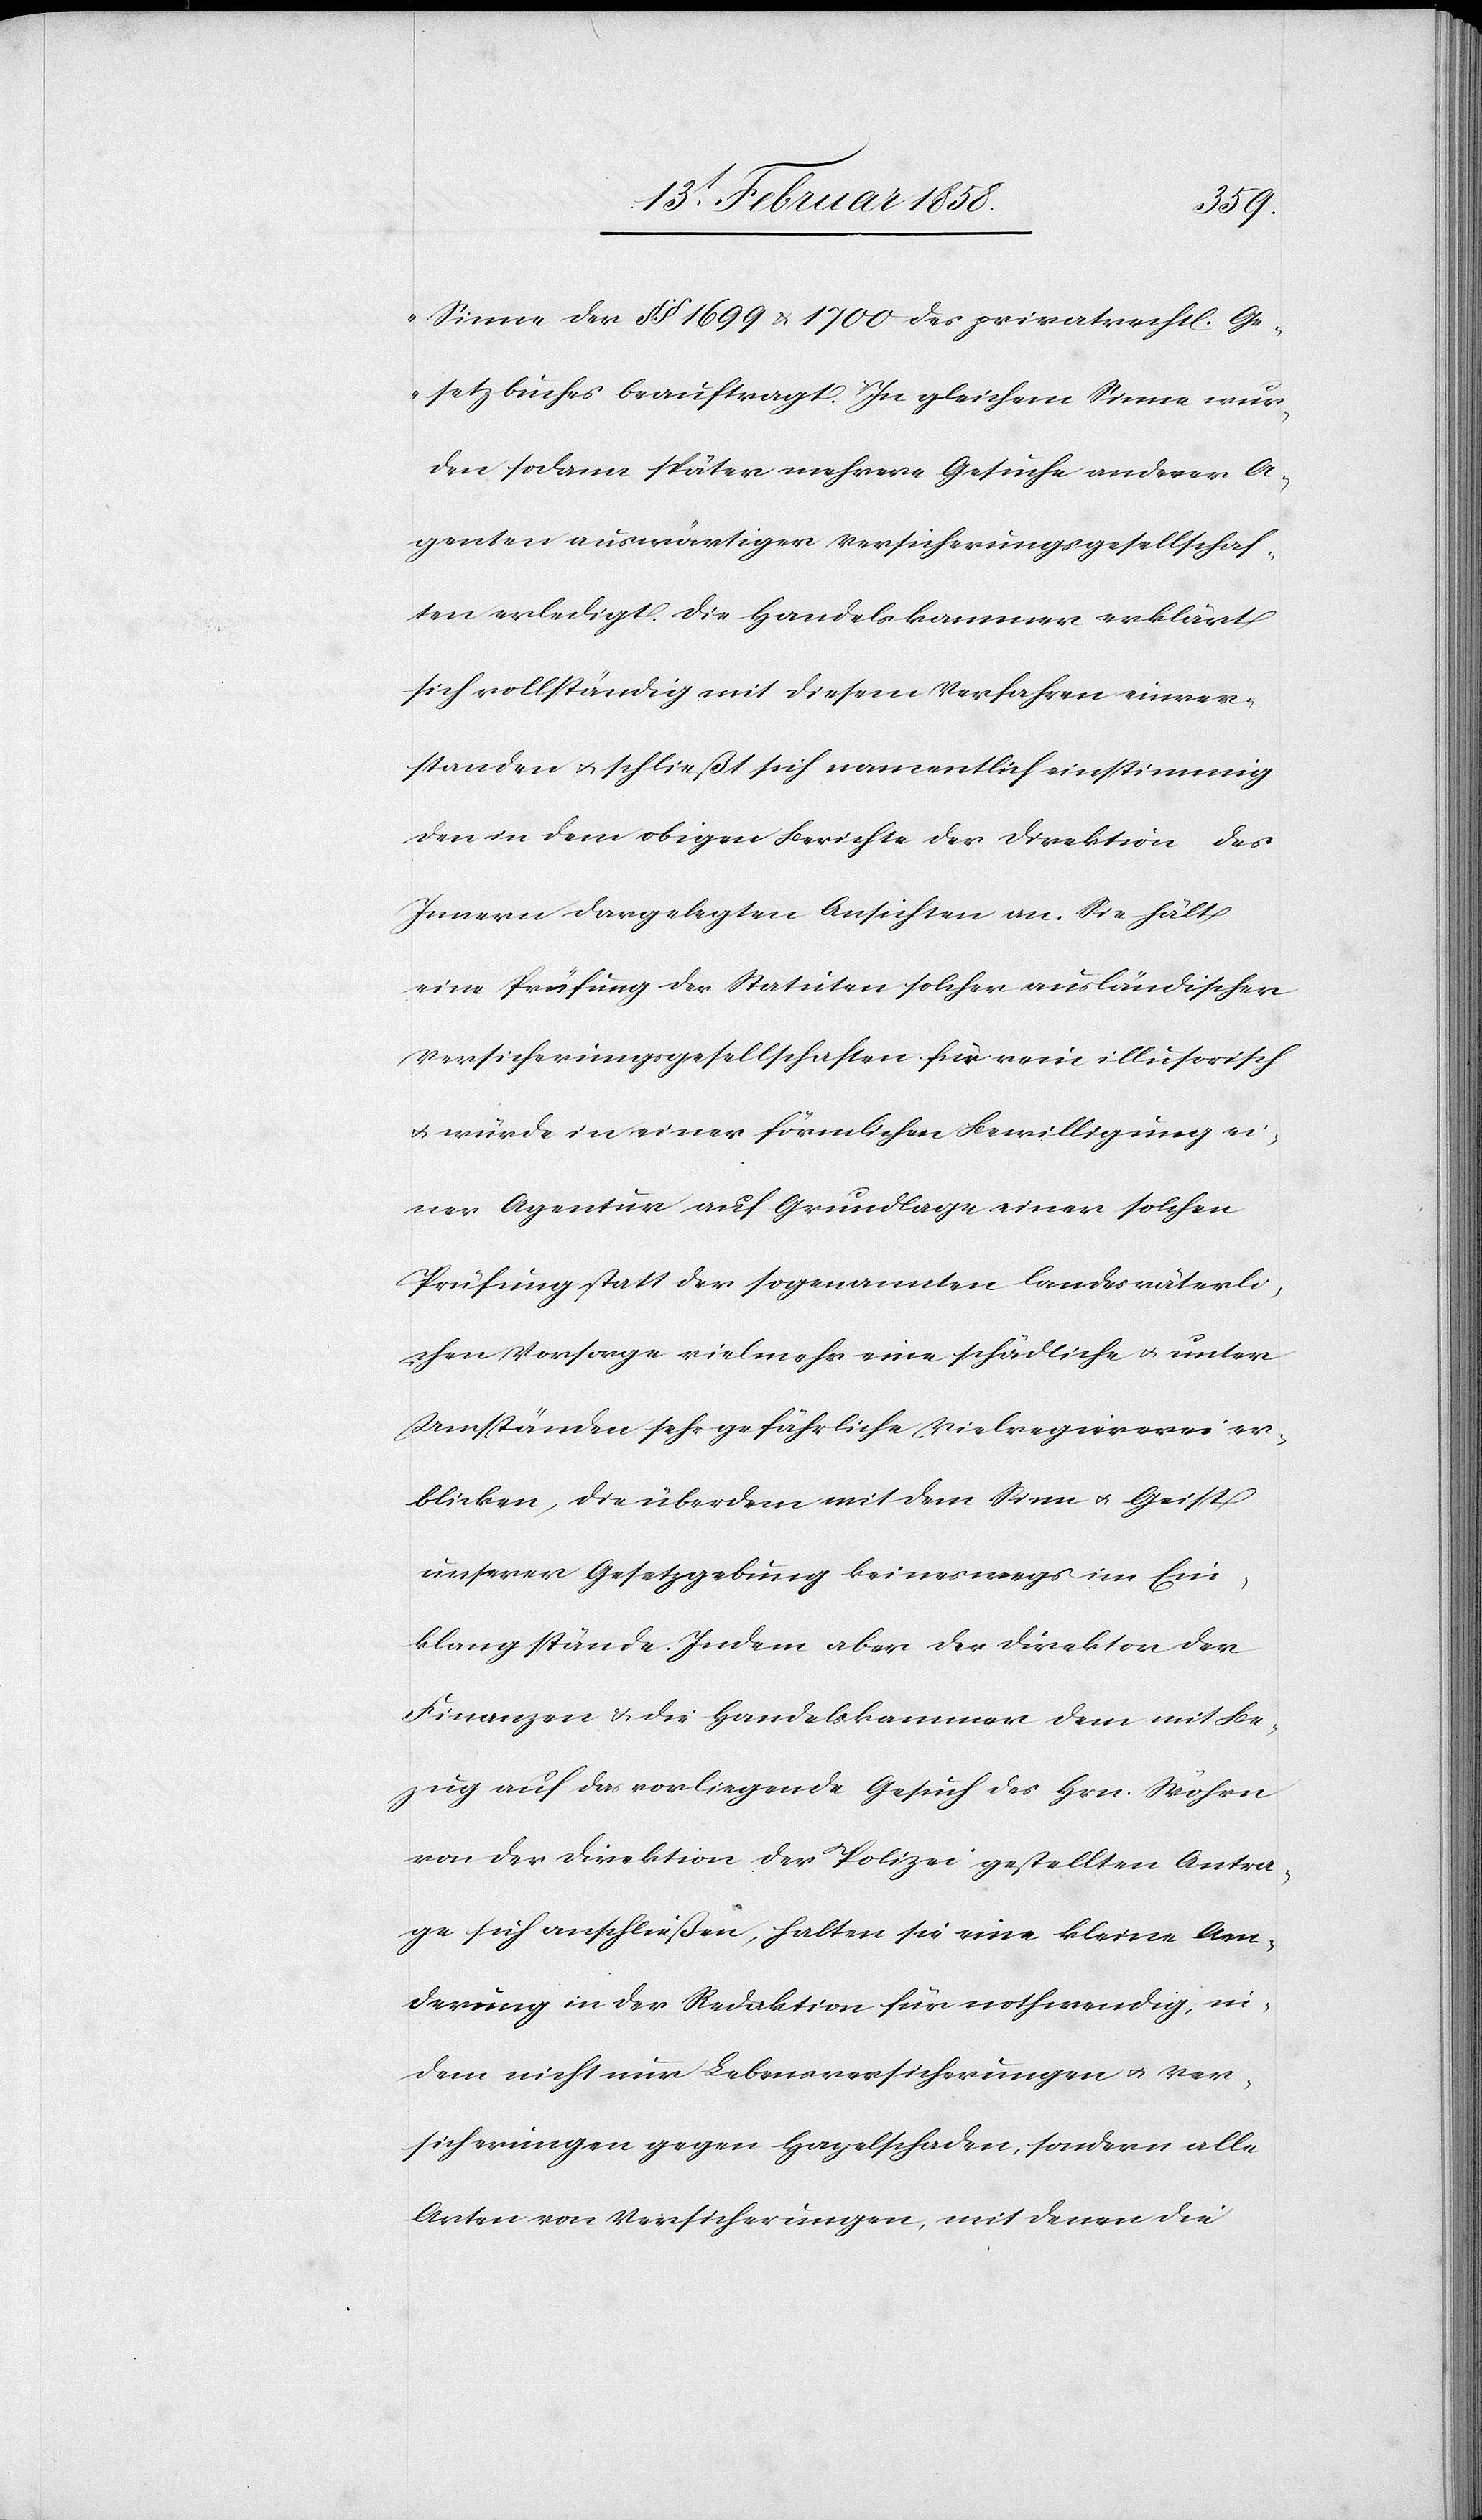
Sinne der § § 1699 u. 1700 des privatrechtl. Ge¬
setzbuches beauftragt.“ In gleichem Sinne wur¬
den sodann später mehrere Gesuche anderer A¬
genten auswärtiger Versicherungsgesellschaf¬
ten erledigt. Die Handelskammer erklärt
sich vollständig mit diesem Verfahren einver¬
standen u. schließt sich namentlich einstimmig
den in dem obigen Berichte der Direktion des
Innern dargelegten Ansichten an. Sie hält
eine Prüfung der Statuten solcher ausländischer
Versicherungsgesellschaften für rein illusorisch
u. würde in einer förmlichen Bewilligung ei¬
ner Agentur auf Grundlage einer solchen
Prüfung statt der sogenannten landesväterli¬
chen Vorsorge vielmehr eine schädliche u. unter
Umständen sehr gefährliche Vielregiererei er¬
blicken, die überdem mit dem Sinn u. Geist
unserer Gesetzgebung keineswegs im Ein¬
klang stände. Indem aber der Direktor der
Finanzen u. die Handelskammer dem mit Be¬
zug auf das vorliegende Gesuch des Hrn. Wöhrn
von der Direktion der Polizei gestellten Antra¬
ge sich anschließen, halten sie eine kleine Aen¬
derung in der Redaktion für nothwendig, in¬
dem nicht nur Lebensversicherungen u. Ver¬
sicherungen gegen Hagelschaden, sondern alle
Arten von Versicherungen, mit denen die